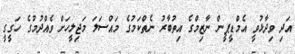
އަދި ވިދާޅުވީ އެމްޑީޕީން ނާޒިމްގެ އިތުބާރު ނެތްކަމުގެ މައްސަލަ މަޖިލީހަށް ވެއްދުމުގެ ހަގީގީ